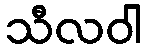
သီလဝါ